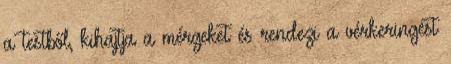
a testből, kihajtja a mérgeket és rendezi a vérkeringést